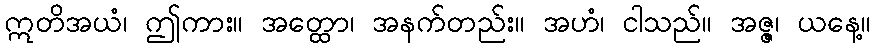
ဣတိအယံ၊ ဤကား။ အတ္ထော၊ အနက်တည်း။ အဟံ၊ ငါသည်။ အဇ္ဇ၊ ယနေ့။